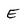
Character: E